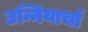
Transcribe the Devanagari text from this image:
उन्नियार्चा